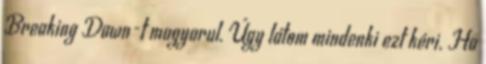
Breaking Dawn-t magyarul. Úgy látom mindenki ezt kéri. Ha